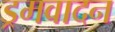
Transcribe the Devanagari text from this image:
ड्रमवादन